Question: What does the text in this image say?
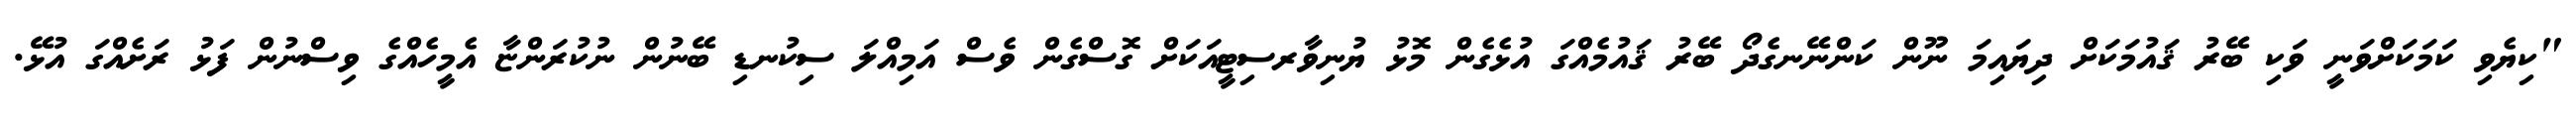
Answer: "ކިޔެވި ކަމަކަށްވަނީ ވަކި ބޭރު ޤައުމަކަށް ދިޔައިމަ ނޫން ކަންނޭނގެދޯ ބޭރު ޤައުމެއްގަ އުޅެގެން މޮޅު ޔުނިވާރސިޓީއަކަށް ގޮސްގެން ވެސް އަމިއްލަ ސިކުނޑި ބޭނުން ނުކުރަންޏާ އެމީހެއްގެ ވިސްނުން ފަޅު ރަށެއްގަ އުޅޭ.